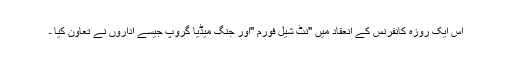
اس ایک روزہ کانفرنس کے انعقاد میں "نٹ شیل فورم "اور جنگ میڈیا گروپ جیسے اداروں نے تعاون کیا ۔